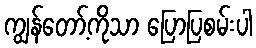
ကျွန်တော့်ကိုသာ ပြောပြစမ်းပါ